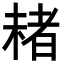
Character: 𣗓